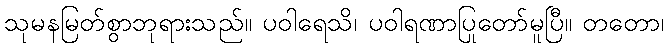
သုမနမြတ်စွာဘုရားသည်။ ပဝါရေသိ၊ ပဝါရဏာပြုတော်မူပြီ။ တတော၊